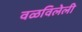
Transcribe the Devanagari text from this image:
वळविलेली